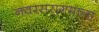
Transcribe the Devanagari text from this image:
नवरसरागमाला